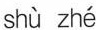
shù zhé